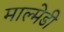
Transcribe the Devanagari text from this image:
माल्मेडी